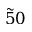
\tilde { 5 } 0